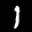
Label: 1